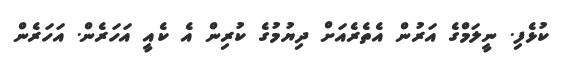
ކުޅެފި. ނީލަމްގެ އަރުން އެތެރެއަށް ދިޔުމުގެ ކުރިން އެ ކެއީ އަހަރެން. އަހަރެން